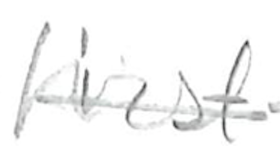
Text: first-
Cross-out: mix
Writing tool: pencil